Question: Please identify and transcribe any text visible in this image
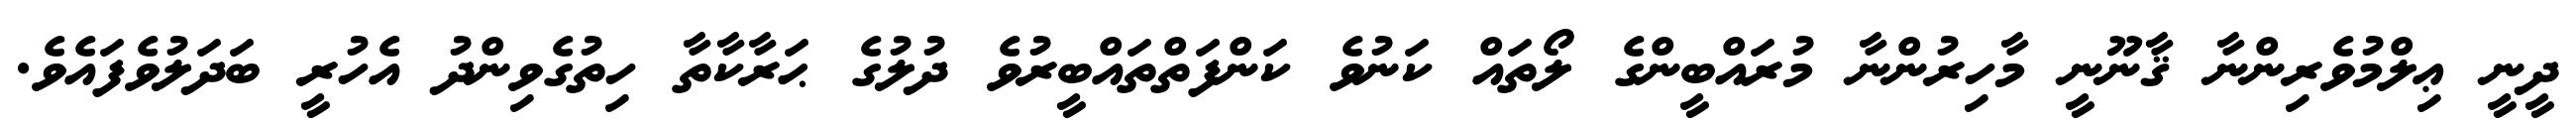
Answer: ދީނީ ޢިލްމުވެރިންނާ ޤާނޫނީ މާހިރުންނާ މުރައްބީންގެ ލޯތައް ކަނުވެ ކަންފަތްތައްބީރުވެ ދުލުގެ ޙަރާކާތާ ހިތުގެވިންދު އެހުރީ ބަދަލުވެފައެވެ.